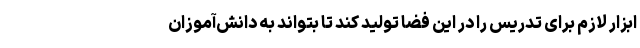
ابزار لازم برای تدریس را در این فضا تولید کند تا بتواند به دانش‌آموزان